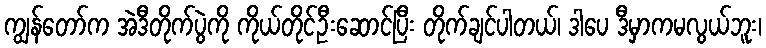
ကျွန်တော်က အဲဒီတိုက်ပွဲကို ကိုယ်တိုင်ဦးဆောင်ပြီး တိုက်ချင်ပါတယ်၊ ဒါပေ ဒီမှာကမလွယ်ဘူး၊